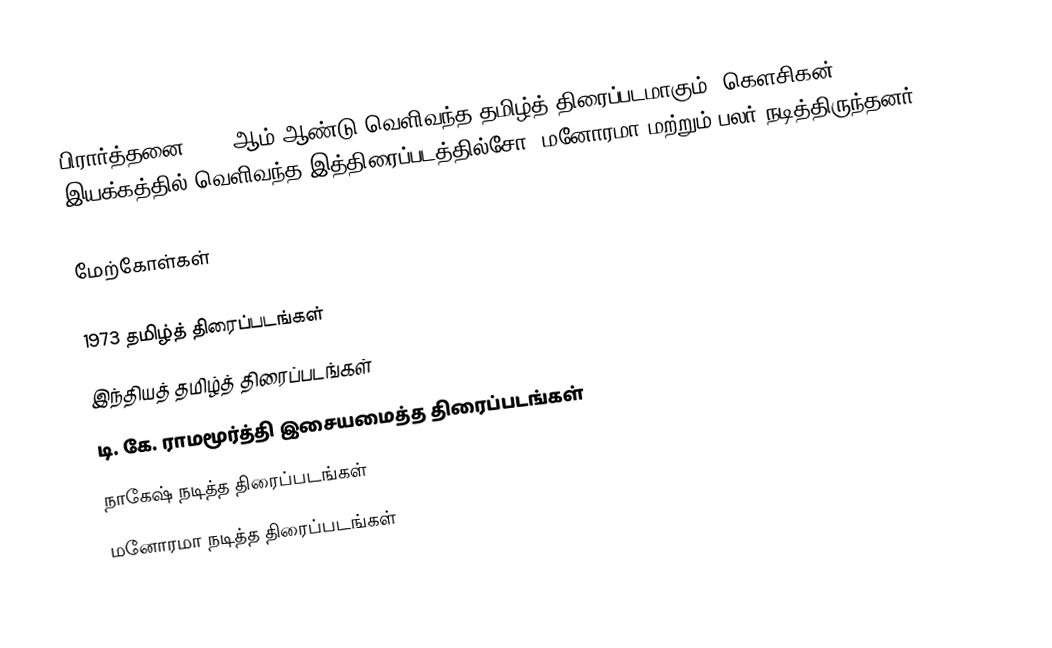
பிரார்த்தனை 1973 ஆம் ஆண்டு வெளிவந்த தமிழ்த் திரைப்படமாகும். கௌசிகன் இயக்கத்தில் வெளிவந்த இத்திரைப்படத்தில்சோ, மனோரமா மற்றும் பலர் நடித்திருந்தனர்.

மேற்கோள்கள்

1973 தமிழ்த் திரைப்படங்கள்
இந்தியத் தமிழ்த் திரைப்படங்கள்
டி. கே. ராமமூர்த்தி இசையமைத்த திரைப்படங்கள்
நாகேஷ் நடித்த திரைப்படங்கள்
மனோரமா நடித்த திரைப்படங்கள்